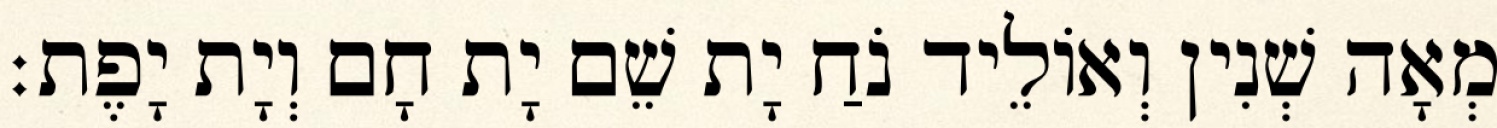
מְאָה שְׁנִין וְאוֹלֵיד נֹחַ יָת שֵׁם יָת חָם וְיָת יָפֶת׃